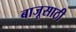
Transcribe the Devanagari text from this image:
बाजूसाठी